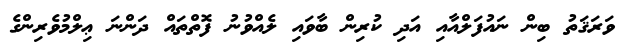
ވަރަޤަތު ބިން ނައުފަލްއާއި އަދި ކުރިން ބާވައި ލެއްވުނު ފޮތްތައް ދަންނަ ޢިލްމުވެރިންގެ